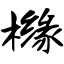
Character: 橼